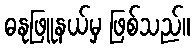
ဓနုဖြူနယ်မှ ဖြစ်သည်။